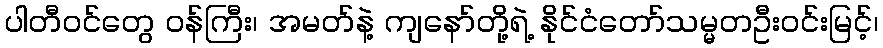
ပါတီဝင်တွေ ဝန်ကြီး၊ အမတ်နဲ့ ကျနော်တို့ရဲ့ နိုင်ငံတော်သမ္မတဦးဝင်းမြင့်၊